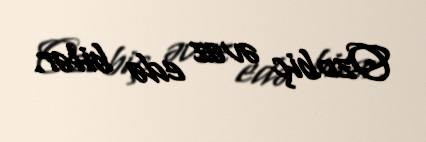
Ozobiç əvəz edə bilər.